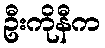
ဦးကိုနီက